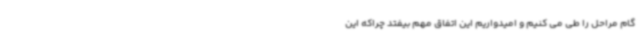
گام مراحل را طی می کنیم و امیدواریم این اتفاق مهم بیفتد چراکه این